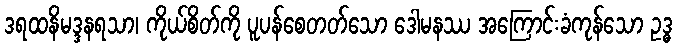
ဒရထနိမဒ္ဒနရသာ၊ ကိုယ်စိတ်ကို ပူပန်စေတတ်သော ဒေါမနဿ အကြောင်းခံကုန်သော ဥဒ္ဓ